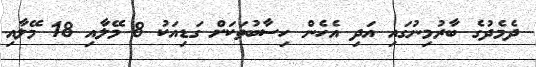
ދެމެދުގެ ބާރުމިނުގައި އަދި އެހެން ހިސާބުތަކަށް ގަޑިއަކު 8 މޭލާއި 18 މޭލާއި